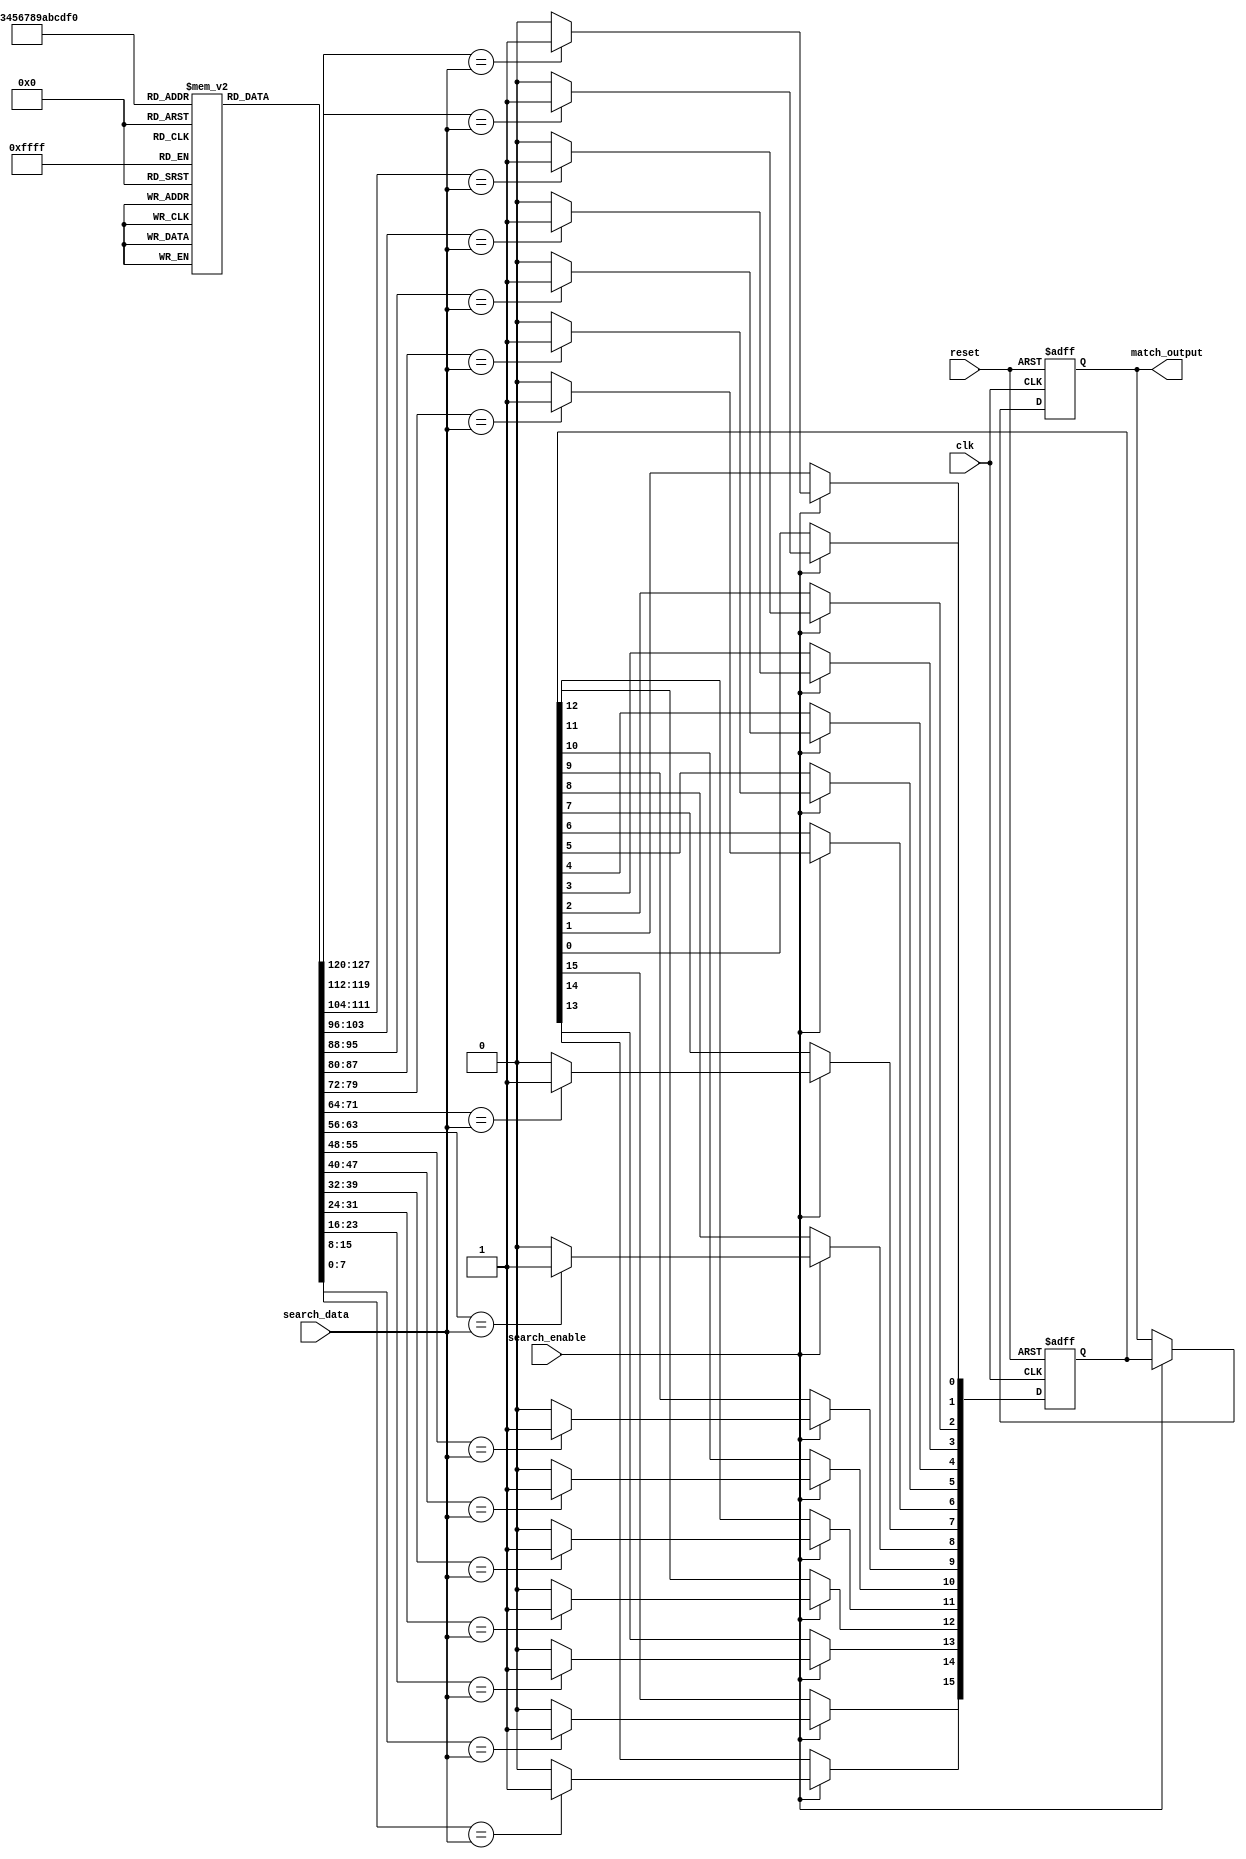
module row_based_cam #(
    parameter ROWS = 16,      // Configurable number of rows
    parameter DATA_WIDTH = 8  // Configurable width of data
)(
    input  wire [DATA_WIDTH-1:0] search_data, // Input search data
    input  wire                   search_enable, // Signal to initiate search
    output reg  [ROWS-1:0]       match_output,  // Match output lines
    input  wire                   clk,           // Clock input
    input  wire                   reset          // Reset signal
);

// Storage for rows of CAM
reg [DATA_WIDTH-1:0] cam_memory [0:ROWS-1]; // Memory array to hold rows
reg [ROWS-1:0]       match_lines;           // Match lines for each row

// Initialize CAM memory (for example purposes, otherwise this could be loaded from external data)
integer i;
initial begin
    for (i = 0; i < ROWS; i = i + 1) begin
        cam_memory[i] = {DATA_WIDTH{1'b0}}; // Initialize with zeros
    end
end

// Match detection logic
always @(posedge clk or posedge reset) begin
    if (reset) begin
        match_output <= {ROWS{1'b0}};
        match_lines <= {ROWS{1'b0}};
    end else if (search_enable) begin
        match_lines <= {ROWS{1'b0}}; // Reset match lines
        // Compare search data with each row
        for (i = 0; i < ROWS; i = i + 1) begin
            if (cam_memory[i] == search_data) begin
                match_lines[i] <= 1'b1; // Set match line if match is found
            end
        end
        match_output <= match_lines; // Update match output
    end
end

// Simple procedure to write data to CAM (for demonstration)
task write_data(input integer row, input [DATA_WIDTH-1:0] data);
    if (row < ROWS) begin
        cam_memory[row] = data;
    end
endtask

endmodule